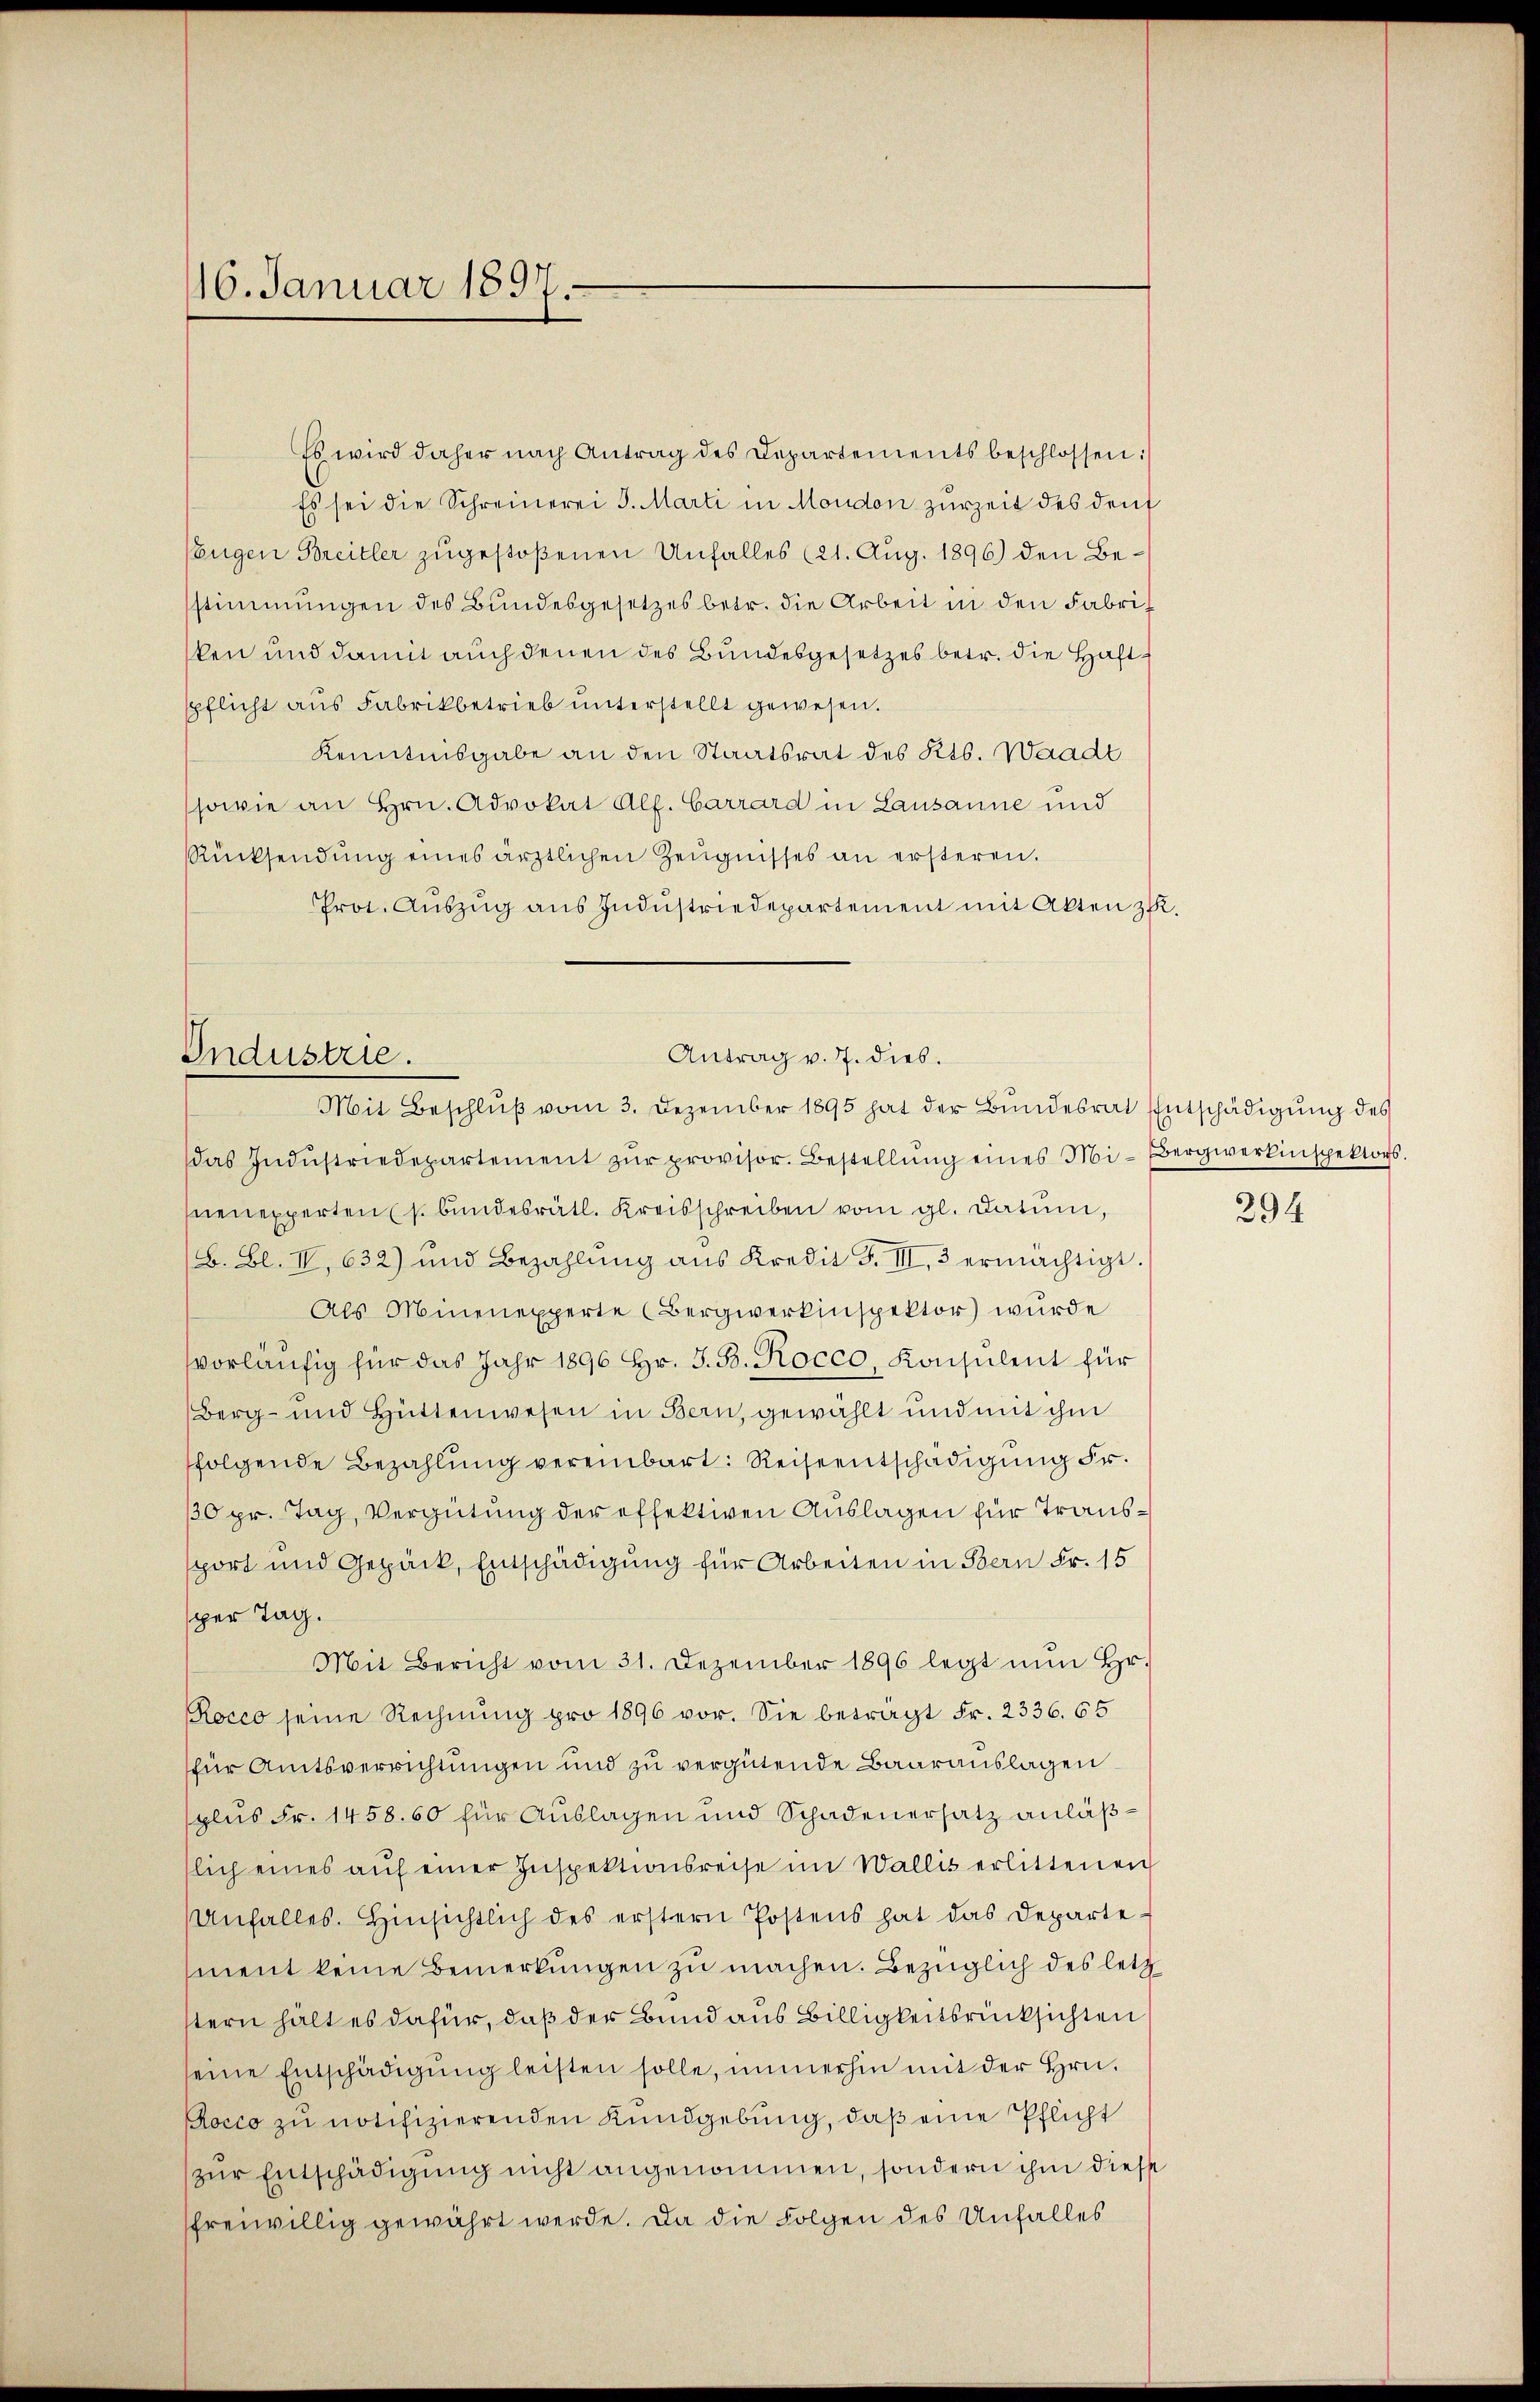
116. Januar 1897.

Es wird daher nach Antrag des Departements beschlossen:
Es sei die Schreinerei J. Marti in Moudon zurzeit des deut
0
Eugen Breitler zugestoßenen Unfalles (21. Aug. 1896) den Bestimmungen des Bundesgesetzes betr. die Arbeit in den Fabriken und damit auch denen des Bundesgesetzes betr. die Haftspflicht aus Fabrikbetrieb unterstellt gewesen.
Kenntnisgabe an den Staatsrat des Kts. Waadt
sowie an Hrn. Advokat Alf. Carrard in Lausanne und
Rücksendŭng eines ärztlichen Zeŭgnisses an ersteren.
Prot. Aŭszŭg aŭs Indŭstriedepartement mit Akten zu.

Antrag v. 7. dies.
Industrie.
Mit Beschluß vom 3. Dezember 1895 hat der Bundesrat Entschädigung des

das Indŭstriedepartement zŭr provisor. Bestellŭng eines Mi-Bergwerkinspektors.
enexperten (s. Bundesrätl. Kreisschreiben vom gl. Datum,
(B. Bl. IV, 632) und Bezahlŭng ans Kredit F. III. 3 ermächtigt.
Als Minenexperte (Bergwerkinspektor) wurde
vorläŭfig für das Jahr 1896 Hr. J. B. Rocco, Konsulent für
Berg- und Hüttenwesen in Bern, gewählt und mit ihm
folgende Bezahlŭng vereinbart: Reiseentschädigung Fr.
10 pr. Tag, Vergütung der effektiven Auslagen für Transsport und Gepäck, Entschädigung für Arbeiten in Bern Fr. 15
sper Tag.
Mit Bericht vom 31. Dezember 1896 legt nŭn Hr.
Rocco seine Rechnung pro 1896 vor. Sie beträgt Fr. 2336. 65
für Amtsverrichtungen und zu vergütende Baarauslagen
plus Fr. 1458. 60 für Auslagen und Schadenersatz anläßslich eines aŭf einer Inspektionsreise im Wallis erlittenen
Unfall(...) Hinsichtlich des erstern Postens hat das Departe-
ment keine Bemerkungen zu machen. Bezüglich des letzstern hält es dafür, daß der Bund aus Billigkeitsrücksichten
seine Entschädigŭng leisten solle, immerhin mit der Hrn.
occo zu notifizierenden Kundgebung, daß eine Pflicht
zur Entschädigung nicht angenommen, sondern ihm diese
sfreiwillig gewährt werde. Da die Folgen des Unfalles

294